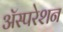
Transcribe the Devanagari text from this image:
अॅस्परेशन